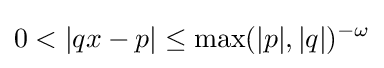
0<|qx-p|\leq \max(|p|,|q|)^{-\omega }